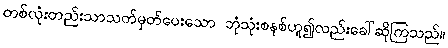
တစ်လုံးတည်းသာသတ်မှတ်ပေးသော ဘုံသုံးစနစ်ဟူ၍လည်းခေါ်ဆိုကြသည်။